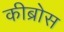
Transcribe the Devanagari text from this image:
कीब्रोस